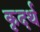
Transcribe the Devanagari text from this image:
कृदर्थ